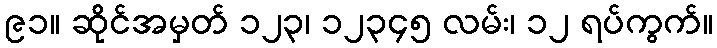
၉၁။ ဆိုင်အမှတ် ၁၂၃၊ ၁၂၃၄၅ လမ်း၊ ၁၂ ရပ်ကွက်။